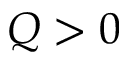
Q > 0